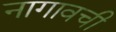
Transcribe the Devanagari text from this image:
नागावची